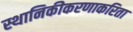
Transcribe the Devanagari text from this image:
स्थानिकीकरणाकरिता